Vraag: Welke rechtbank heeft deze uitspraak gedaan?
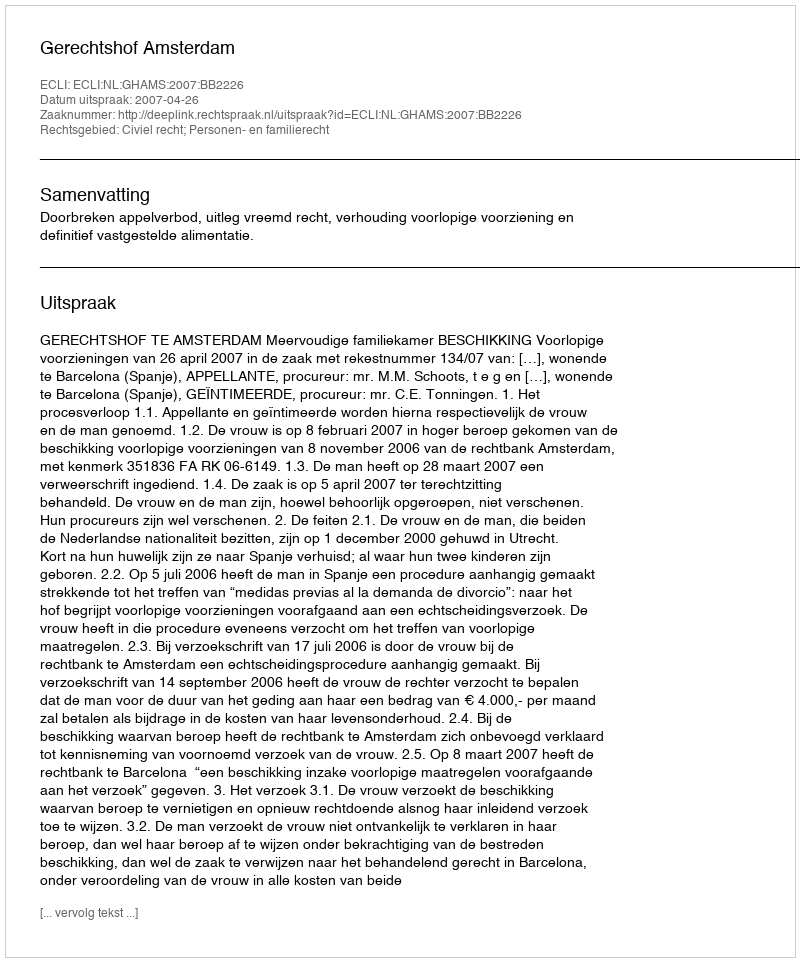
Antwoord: Gerechtshof Amsterdam